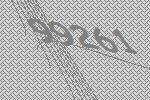
99261